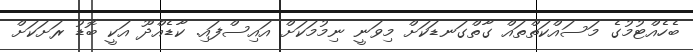
ބެހެއްޓުމުގެ މަސައްކަތްތައް ގާތްގަނޑަކަށް މިވަނީ ނިމުމަކަށް އައިސްފައި. ކާޑެއްދޫ އަކީ ބޮޑު ރަށަކަށް